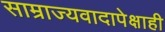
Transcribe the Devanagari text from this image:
साम्राज्यवादापेक्षाही